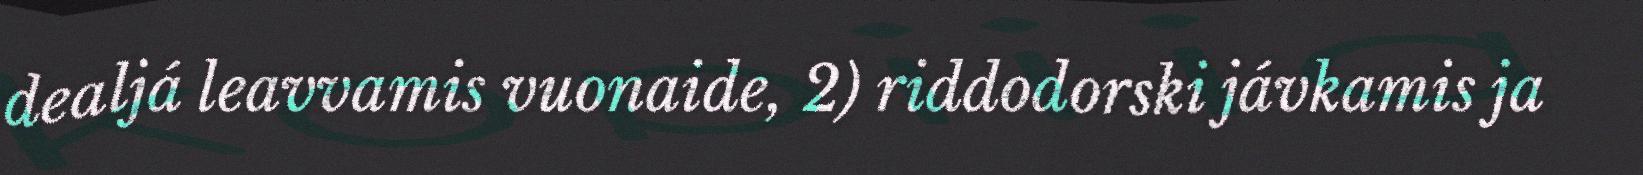
dealjá leavvamis vuonaide, 2) riddodorski jávkamis ja